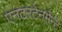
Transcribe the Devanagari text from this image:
एनटरटेनमेंन्ट